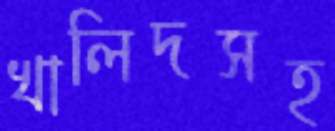
খালিদসহ